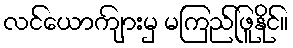
လင်ယောကျ်ားမှ မကြည်ဖြူနိုင်။